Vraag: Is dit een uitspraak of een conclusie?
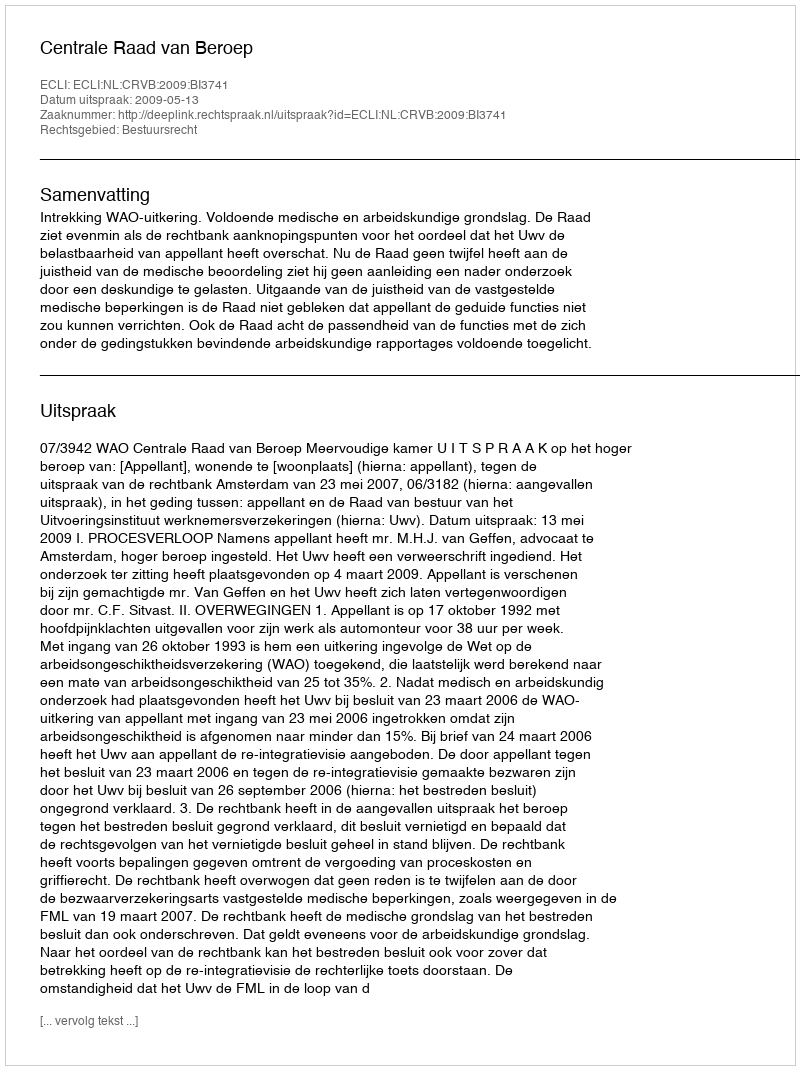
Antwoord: Uitspraak